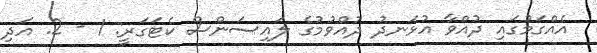
އެއްގަމުގައި ދުއްވާ އުޅަނދު ދުއްވުމުގެ ލައިސަންސް ކެޓަގަރީ: 1 - 2. އަދި